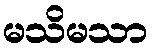
မသိမသာ